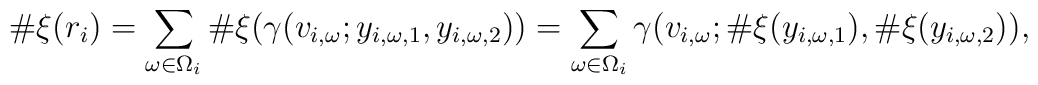
\#\xi(r_i)=\sum_{\omega \in \Omega_i}\#\xi(\gamma(v_{i,\omega};y_{i,\omega,1},y_{i,\omega,2}))= \sum_{\omega\in \Omega_i}\gamma(v_{i,\omega};\#\xi (y_{i,\omega,1}),\# \xi( y_{i,\omega,2})),